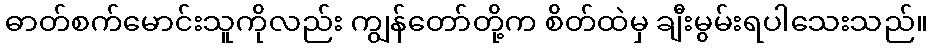
ဓာတ်စက်မောင်းသူကိုလည်း ကျွန်တော်တို့က စိတ်ထဲမှ ချီးမွမ်းရပါသေးသည်။